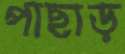
পাছাড়